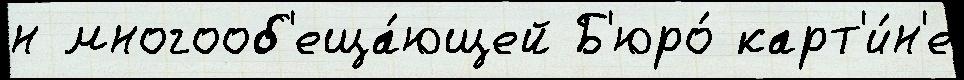
н многооб'еща́ющей Б'юро́ карт'и́н'е